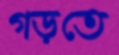
গড়তে